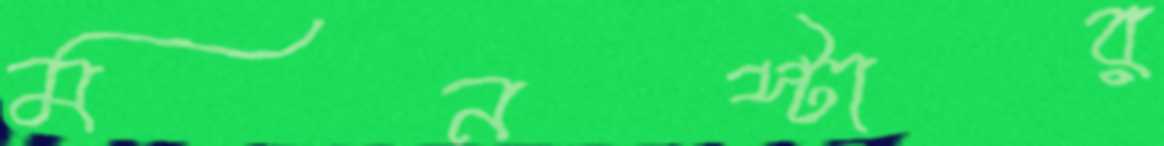
মনস্টার